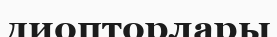
диопторлары